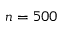
n = 5 0 0